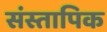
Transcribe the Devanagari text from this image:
संस्तापिक